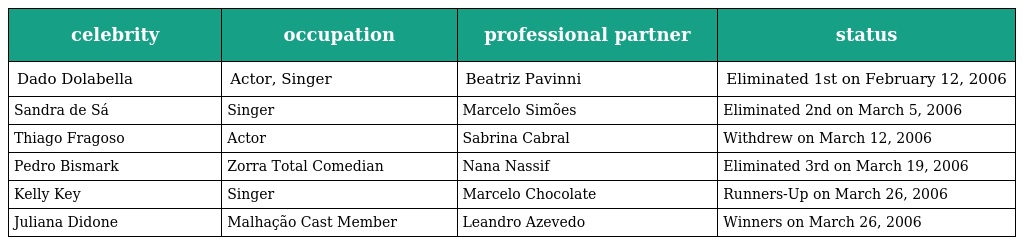
| celebrity | occupation | professional partner | status |
 | --- | --- | --- | --- |
 | Dado Dolabella | Actor, Singer | Beatriz Pavinni | Eliminated 1st on February 12, 2006 |
 | Sandra de Sá | Singer | Marcelo Simões | Eliminated 2nd on March 5, 2006 |
 | Thiago Fragoso | Actor | Sabrina Cabral | Withdrew on March 12, 2006 |
 | Pedro Bismark | Zorra Total Comedian | Nana Nassif | Eliminated 3rd on March 19, 2006 |
 | Kelly Key | Singer | Marcelo Chocolate | Runners-Up on March 26, 2006 |
 | Juliana Didone | Malhação Cast Member | Leandro Azevedo | Winners on March 26, 2006 |